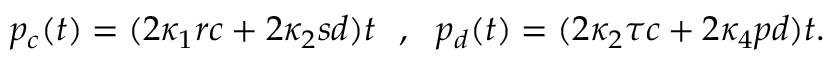
p _ { c } ( t ) = ( 2 \kappa _ { 1 } r c + 2 \kappa _ { 2 } s d ) t ~ ~ , ~ ~ p _ { d } ( t ) = ( 2 \kappa _ { 2 } \tau c + 2 \kappa _ { 4 } p d ) t .